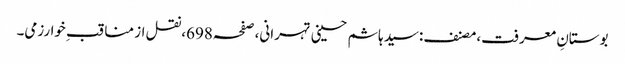
بوستانِ معرفت،مصنف:سید ہاشم حسینی تہرانی،صفحہ698،نقل از مناقب ِخوارزمی۔